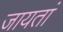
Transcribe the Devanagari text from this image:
जायतां